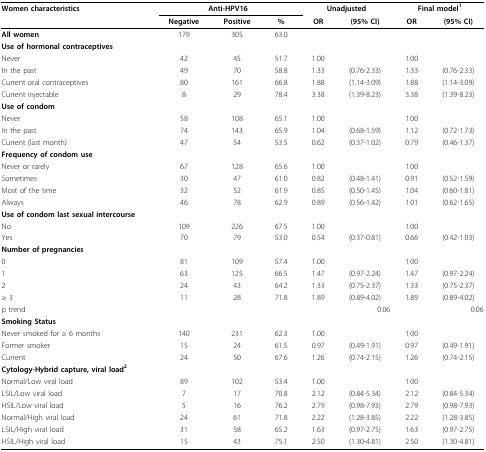
<table><thead><tr><td><b>Women characteristics</b></td><td colspan="3"><b>Anti-HPV16</b></td><td colspan="2"><b>Unadjusted</b></td><td colspan="2"><b>Final model<sup>1</sup></b></td></tr><tr><td></td><td><b>Negative</b></td><td><b>Positive</b></td><td><b>%</b></td><td><b>OR</b></td><td><b>(95% CI)</b></td><td><b>OR</b></td><td><b>(95% CI)</b></td></tr></thead><tbody><tr><td><b>All women</b></td><td>179</td><td>305</td><td>63.0</td><td></td><td></td><td></td><td></td></tr><tr><td><b>Use of hormonal contraceptives</b></td><td></td><td></td><td></td><td></td><td></td><td></td><td></td></tr><tr><td>Never</td><td>42</td><td>45</td><td>51.7</td><td>1.00</td><td></td><td>1.00</td><td></td></tr><tr><td>In the past</td><td>49</td><td>70</td><td>58.8</td><td>1.33</td><td>(0.76-2.33)</td><td>1.33</td><td>(0.76-2.33)</td></tr><tr><td>Current oral contraceptives</td><td>80</td><td>161</td><td>66.8</td><td>1.88</td><td>(1.14-3.09)</td><td>1.88</td><td>(1.14-3.09)</td></tr><tr><td>Current injectable</td><td>8</td><td>29</td><td>78.4</td><td>3.38</td><td>(1.39-8.23)</td><td>3.38</td><td>(1.39-8.23)</td></tr><tr><td><b>Use of condom</b></td><td></td><td></td><td></td><td></td><td></td><td></td><td></td></tr><tr><td>Never</td><td>58</td><td>108</td><td>65.1</td><td>1.00</td><td></td><td>1.00</td><td></td></tr><tr><td>In the past</td><td>74</td><td>143</td><td>65.9</td><td>1.04</td><td>(0.68-1.59)</td><td>1.12</td><td>(0.72-1.73)</td></tr><tr><td>Current (last month)</td><td>47</td><td>54</td><td>53.5</td><td>0.62</td><td>(0.37-1.02)</td><td>0.79</td><td>(0.46-1.37)</td></tr><tr><td><b>Frequency of condom use</b></td><td></td><td></td><td></td><td></td><td></td><td></td><td></td></tr><tr><td>Never or rarely</td><td>67</td><td>128</td><td>65.6</td><td>1.00</td><td></td><td>1.00</td><td></td></tr><tr><td>Sometimes</td><td>30</td><td>47</td><td>61.0</td><td>0.82</td><td>(0.48-1.41)</td><td>0.91</td><td>(0.52-1.59)</td></tr><tr><td>Most of the time</td><td>32</td><td>52</td><td>61.9</td><td>0.85</td><td>(0.50-1.45)</td><td>1.04</td><td>(0.60-1.81)</td></tr><tr><td>Always</td><td>46</td><td>78</td><td>62.9</td><td>0.89</td><td>(0.56-1.42)</td><td>1.01</td><td>(0.62-1.65)</td></tr><tr><td><b>Use of condom last sexual intercourse</b></td><td></td><td></td><td></td><td></td><td></td><td></td><td></td></tr><tr><td>No</td><td>109</td><td>226</td><td>67.5</td><td>1.00</td><td></td><td>1.00</td><td></td></tr><tr><td>Yes</td><td>70</td><td>79</td><td>53.0</td><td>0.54</td><td>(0.37-0.81)</td><td>0.66</td><td>(0.42-1.03)</td></tr><tr><td><b>Number of pregnancies</b></td><td></td><td></td><td></td><td></td><td></td><td></td><td></td></tr><tr><td>0</td><td>81</td><td>109</td><td>57.4</td><td>1.00</td><td></td><td>1.00</td><td></td></tr><tr><td>1</td><td>63</td><td>125</td><td>66.5</td><td>1.47</td><td>(0.97-2.24)</td><td>1.47</td><td>(0.97-2.24)</td></tr><tr><td>2</td><td>24</td><td>43</td><td>64.2</td><td>1.33</td><td>(0.75-2.37)</td><td>1.33</td><td>(0.75-2.37)</td></tr><tr><td>≥ 3</td><td>11</td><td>28</td><td>71.8</td><td>1.89</td><td>(0.89-4.02)</td><td>1.89</td><td>(0.89-4.02)</td></tr><tr><td>p trend</td><td></td><td></td><td></td><td></td><td>0.06</td><td></td><td>0.06</td></tr><tr><td><b>Smoking Status</b></td><td></td><td></td><td></td><td></td><td></td><td></td><td></td></tr><tr><td>Never smoked for ≥ 6 months</td><td>140</td><td>231</td><td>62.3</td><td>1.00</td><td></td><td>1.00</td><td></td></tr><tr><td>Former smoker</td><td>15</td><td>24</td><td>61.5</td><td>0.97</td><td>(0.49-1.91)</td><td>0.97</td><td>(0.49-1.91)</td></tr><tr><td>Current</td><td>24</td><td>50</td><td>67.6</td><td>1.26</td><td>(0.74-2.15)</td><td>1.26</td><td>(0.74-2.15)</td></tr><tr><td><b>Cytology-Hybrid capture, viral load</b><sup><b>2</b></sup></td><td></td><td></td><td></td><td></td><td></td><td></td><td></td></tr><tr><td>Normal/Low viral load</td><td>89</td><td>102</td><td>53.4</td><td>1.00</td><td></td><td>1.00</td><td></td></tr><tr><td>LSIL/Low viral load</td><td>7</td><td>17</td><td>70.8</td><td>2.12</td><td>(0.84-5.34)</td><td>2.12</td><td>(0.84-5.34)</td></tr><tr><td>HSIL/Low viral load</td><td>5</td><td>16</td><td>76.2</td><td>2.79</td><td>(0.98-7.93)</td><td>2.79</td><td>(0.98-7.93)</td></tr><tr><td>Normal/High viral load</td><td>24</td><td>61</td><td>71.8</td><td>2.22</td><td>(1.28-3.85)</td><td>2.22</td><td>(1.28-3.85)</td></tr><tr><td>LSIL/High viral load</td><td>31</td><td>58</td><td>65.2</td><td>1.63</td><td>(0.97-2.75)</td><td>1.63</td><td>(0.97-2.75)</td></tr><tr><td>HSIL/High viral load</td><td>15</td><td>43</td><td>75.1</td><td>2.50</td><td>(1.30-4.81)</td><td>2.50</td><td>(1.30-4.81)</td></tr></tbody></table>